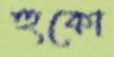
হুকো